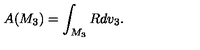
A ( M _ { 3 } ) = \int _ { M _ { 3 } } R d v _ { 3 } .